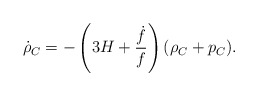
\begin{align*}\dot{\rho}_C = -\left( 3H+\frac{\dot{f}}{f}\right) (\rho_C + p_C).\end{align*}